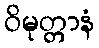
ဝိမုတ္တာနံ